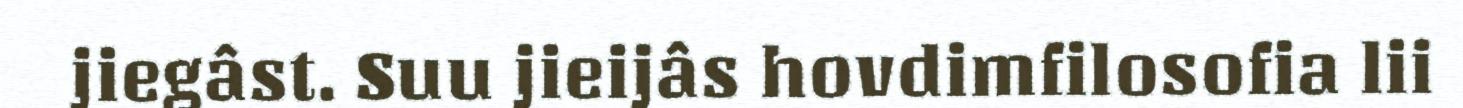
jiegâst. Suu jieijâs hovdimfilosofia lii